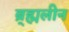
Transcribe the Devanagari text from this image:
ब्र्ह्मलीन